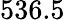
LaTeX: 536.5